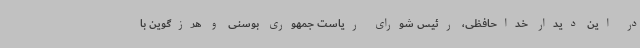
در این دیدار خداحافظی، رئیس شورای ریاست جمهوری بوسنی و هرزگوین با